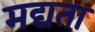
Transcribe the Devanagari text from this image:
मद्यता